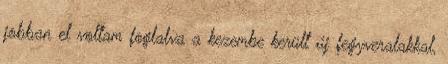
jobban el voltam foglalva a kezembe került új fegyveralakkal,